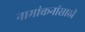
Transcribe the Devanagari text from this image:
नामांकनांसाठी